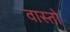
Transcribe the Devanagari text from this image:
वास्तो